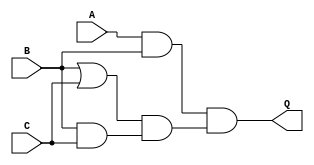

//Verilog Code for Given Logical Circuit

module Logic(Q, A, B, C);

input A,B,C;                //Inputs

output Q;                   //Output

wire w1, w2, w3, w4;        //Input

and(w1, A, B);
or(w2, B, C);
and(w3, B, C);              //Logical Operations
and(w4, w2, w3);
and(Q, w1, w4);

endmodule